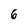
Character: 6